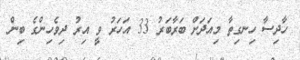
ހާދިސާ ހިނގިތާ މިއަދަށް ބަރާބަރު 33 އަހަރު ވީ އިރު ދިވެހިންގެ ބިން